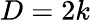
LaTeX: D=2k